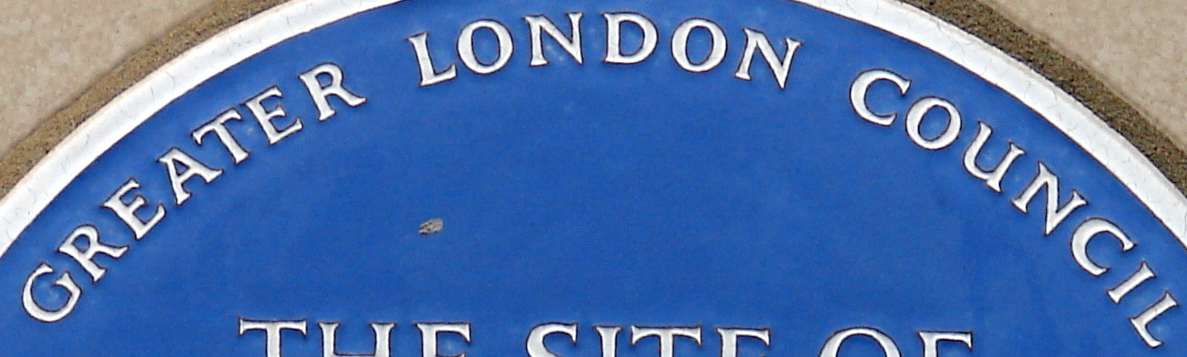
GREATER LONDON COUNCIL